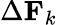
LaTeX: \Delta\mathbf{F}_{k}